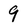
Character: 9